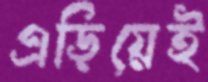
এড়িয়েই